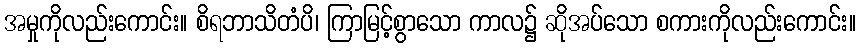
အမှုကိုလည်းကောင်း။ စိရဘာသိတံပိ၊ ကြာမြင့်စွာသော ကာလ၌ ဆိုအပ်သော စကားကိုလည်းကောင်း။